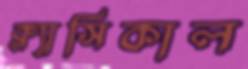
ক্ল্যাসিকাল